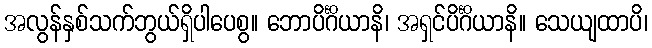
အလွန်နှစ်သက်ဘွယ်ရှိပါပေစွ။ ဘောပိင်္ဂိယာနိ၊ အရှင်ပိင်္ဂိယာနိ။ သေယျထာပိ၊